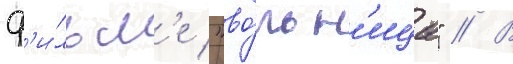
ф'и́льм'е "во́льн'ица" // В